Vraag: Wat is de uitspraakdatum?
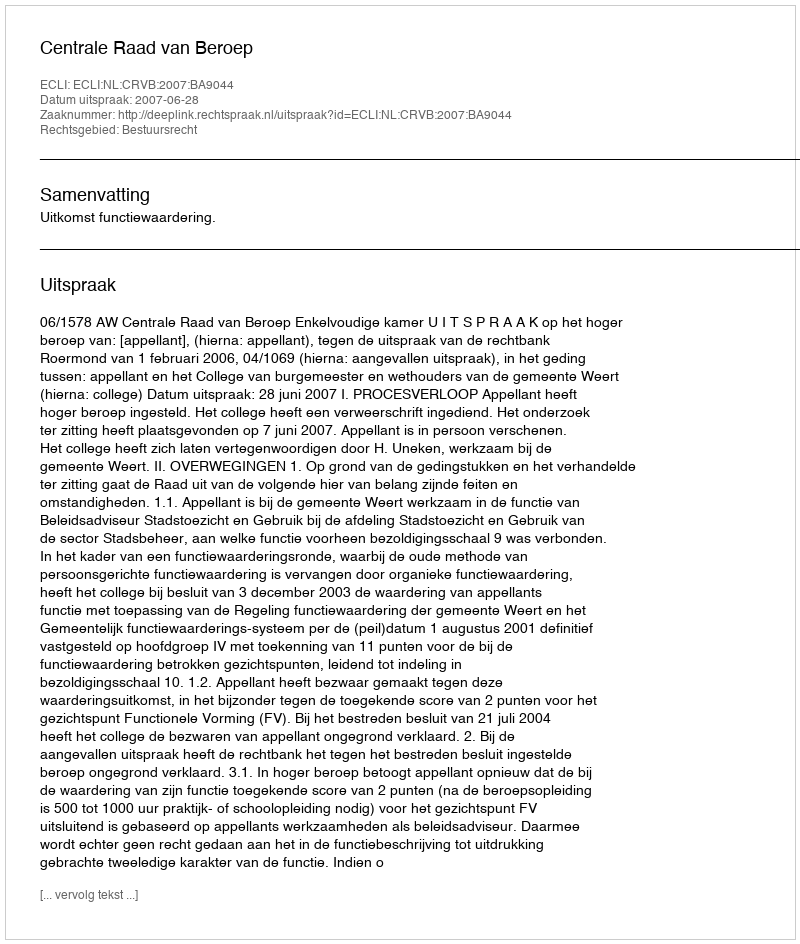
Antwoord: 2007-06-28